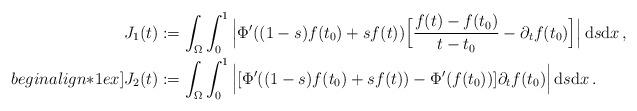
LaTeX: \begin{align*}J_1(t)&:=\int_\Omega \int_0^1\Big|\Phi'((1-s)f(t_0)+sf(t))\Big[\frac{f(t)-f(t_0)}{t-t_0}- \partial_t f(t_0)\Big]\Big|\, \mathrm{d}s \mathrm{d}x\,,\\begin{align*}1ex]J_2(t)&:=\int_\Omega \int_0^1\Big|[\Phi'((1-s)f(t_0)+sf(t)) -\Phi'(f(t_0))]\partial_t f(t_0)\Big|\, \mathrm{d}s \mathrm{d}x\,.\end{align*}